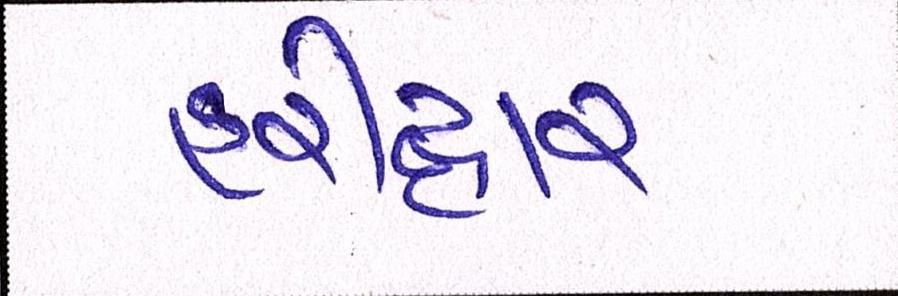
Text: હરીદ્વાર